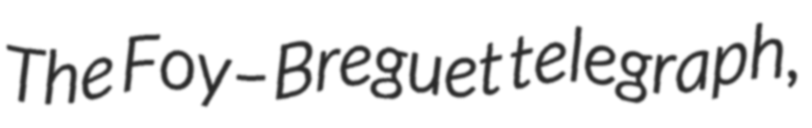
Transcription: The Foy–Breguet telegraph,